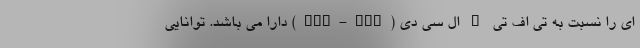
ای را نسبت به تی اف تی – ال سی دی (TFT-LCD) دارا می باشد. توانایی